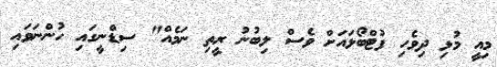
މިއީ މުޅި ދިވެހި ފުޓްބޯޅައަށް ވެސް ލިބުނު ރީތި ނަމެއް" ސިޑްނީގައި ހުންނަވައި